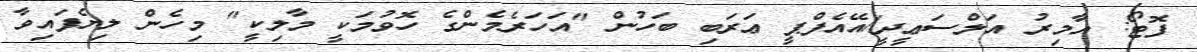
ފޮޓޯ: އާމިރު އަލްސަޢީދީ/އޭއެފްޕީ ޢަރަބި ބަހުން "އަހަރެމެންގެ ހޮވުމަކީ މާލިކީ" މިހެން ލިޔެފައިވާ